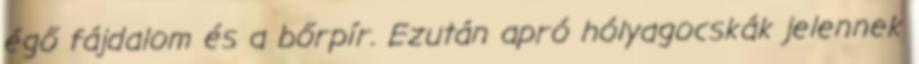
égő fájdalom és a bőrpír. Ezután apró hólyagocskák jelennek